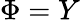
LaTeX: \Phi=Y